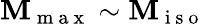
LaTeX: \mathbf{M}_{\mathrm{{~m~a~x~}}}\sim\mathbf{M}_{\mathrm{{~i~s~o~}}}